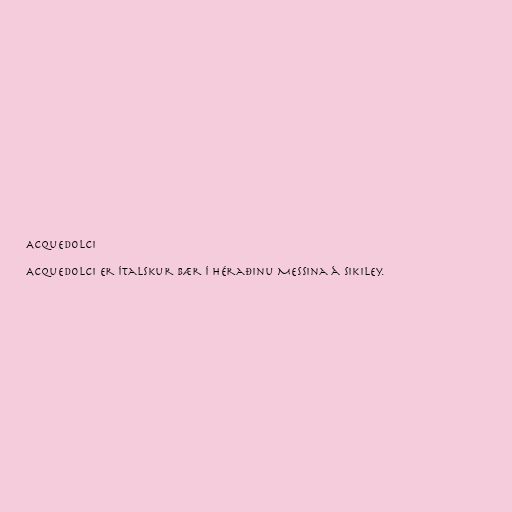
Acquedolci

Acquedolci er ítalskur bær í héraðinu Messina á Sikiley.